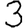
Digit: 3